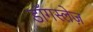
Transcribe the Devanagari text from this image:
डॉगस्लेज़